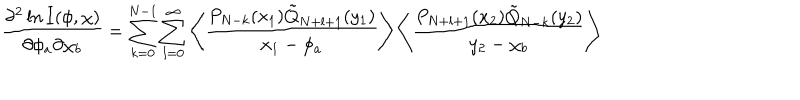
\frac { \partial ^ { 2 } \ln I ( \phi , \chi ) } { \partial \phi _ { a } \partial \chi _ { b } } = \sum _ { k = 0 } ^ { N - 1 } \sum _ { l = 0 } ^ { \infty } \left\langle \frac { P _ { N - k } ( x _ { 1 } ) \tilde { Q } _ { N + l + 1 } ( y _ { 1 } ) } { x _ { 1 } - \phi _ { a } } \right\rangle \left\langle \frac { P _ { N + l + 1 } ( x _ { 2 } ) \tilde { Q } _ { N - k } ( y _ { 2 } ) } { y _ { 2 } - \chi _ { b } } \right\rangle